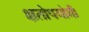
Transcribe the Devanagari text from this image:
क्षतोपयोगी